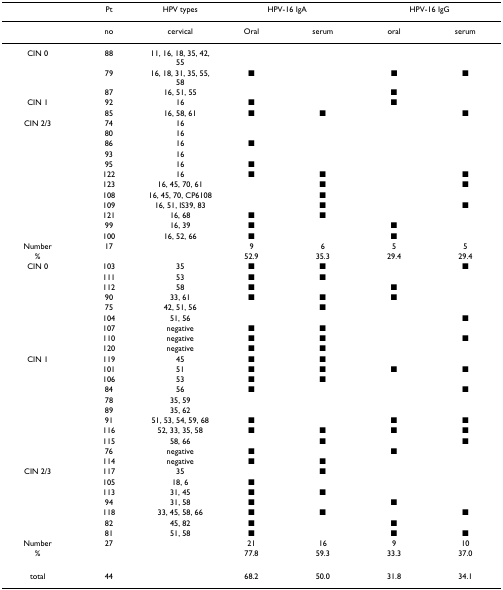
<table><thead><tr><td></td><td><b>Pt</b></td><td><b>HPV types</b></td><td colspan="2"><b>HPV-16 IgA</b></td><td colspan="2"><b>HPV-16 IgG</b></td></tr></thead><tbody><tr><td></td><td>no</td><td>cervical</td><td>Oral</td><td>serum</td><td>oral</td><td>serum</td></tr><tr><td>CIN 0</td><td>88</td><td>11, 16, 18, 35, 42, 55</td><td></td><td></td><td></td><td></td></tr><tr><td></td><td>79</td><td>16, 18, 31, 35, 55, 58</td><td>■</td><td></td><td>■</td><td>■</td></tr><tr><td></td><td>87</td><td>16, 51, 55</td><td></td><td></td><td>■</td><td></td></tr><tr><td>CIN 1</td><td>92</td><td>16</td><td>■</td><td></td><td>■</td><td></td></tr><tr><td></td><td>85</td><td>16, 58, 61</td><td>■</td><td>■</td><td></td><td>■</td></tr><tr><td>CIN 2/3</td><td>74</td><td>16</td><td></td><td></td><td></td><td></td></tr><tr><td></td><td>80</td><td>16</td><td></td><td></td><td></td><td></td></tr><tr><td></td><td>86</td><td>16</td><td>■</td><td></td><td></td><td></td></tr><tr><td></td><td>93</td><td>16</td><td></td><td></td><td></td><td></td></tr><tr><td></td><td>95</td><td>16</td><td>■</td><td></td><td></td><td></td></tr><tr><td></td><td>122</td><td>16</td><td>■</td><td>■</td><td></td><td>■</td></tr><tr><td></td><td>123</td><td>16, 45, 70, 61</td><td></td><td>■</td><td></td><td>■</td></tr><tr><td></td><td>108</td><td>16, 45, 70, CP6108</td><td></td><td>■</td><td></td><td></td></tr><tr><td></td><td>109</td><td>16, 51, IS39, 83</td><td></td><td>■</td><td></td><td>■</td></tr><tr><td></td><td>121</td><td>16, 68</td><td>■</td><td>■</td><td></td><td></td></tr><tr><td></td><td>99</td><td>16, 39</td><td>■</td><td></td><td>■</td><td></td></tr><tr><td></td><td>100</td><td>16, 52, 66</td><td>■</td><td></td><td>■</td><td></td></tr><tr><td>Number</td><td>17</td><td></td><td>9</td><td>6</td><td>5</td><td>5</td></tr><tr><td>%</td><td></td><td></td><td>52.9</td><td>35.3</td><td>29.4</td><td>29.4</td></tr><tr><td>CIN 0</td><td>103</td><td>35</td><td>■</td><td>■</td><td></td><td>■</td></tr><tr><td></td><td>111</td><td>53</td><td>■</td><td>■</td><td></td><td></td></tr><tr><td></td><td>112</td><td>58</td><td>■</td><td></td><td>■</td><td></td></tr><tr><td></td><td>90</td><td>33, 61</td><td>■</td><td>■</td><td>■</td><td></td></tr><tr><td></td><td>75</td><td>42, 51, 56</td><td></td><td>■</td><td></td><td></td></tr><tr><td></td><td>104</td><td>51, 56</td><td></td><td></td><td></td><td>■</td></tr><tr><td></td><td>107</td><td>negative</td><td>■</td><td>■</td><td></td><td></td></tr><tr><td></td><td>110</td><td>negative</td><td>■</td><td>■</td><td></td><td>■</td></tr><tr><td></td><td>120</td><td>negative</td><td>■</td><td>■</td><td></td><td></td></tr><tr><td>CIN 1</td><td>119</td><td>45</td><td>■</td><td>■</td><td></td><td></td></tr><tr><td></td><td>101</td><td>51</td><td>■</td><td>■</td><td>■</td><td>■</td></tr><tr><td></td><td>106</td><td>53</td><td>■</td><td>■</td><td></td><td></td></tr><tr><td></td><td>84</td><td>56</td><td>■</td><td></td><td></td><td>■</td></tr><tr><td></td><td>78</td><td>35, 59</td><td></td><td></td><td></td><td></td></tr><tr><td></td><td>89</td><td>35, 62</td><td></td><td></td><td></td><td></td></tr><tr><td></td><td>91</td><td>51, 53, 54, 59, 68</td><td>■</td><td></td><td>■</td><td>■</td></tr><tr><td></td><td>116</td><td>52, 33, 35, 58</td><td>■</td><td>■</td><td>■</td><td>■</td></tr><tr><td></td><td>115</td><td>58, 66</td><td></td><td>■</td><td></td><td>■</td></tr><tr><td></td><td>76</td><td>negative</td><td>■</td><td></td><td>■</td><td></td></tr><tr><td></td><td>114</td><td>negative</td><td>■</td><td>■</td><td></td><td></td></tr><tr><td>CIN 2/3</td><td>117</td><td>35</td><td></td><td>■</td><td></td><td></td></tr><tr><td></td><td>105</td><td>18, 6</td><td>■</td><td></td><td></td><td></td></tr><tr><td></td><td>113</td><td>31, 45</td><td>■</td><td>■</td><td></td><td></td></tr><tr><td></td><td>94</td><td>31, 58</td><td>■</td><td></td><td>■</td><td></td></tr><tr><td></td><td>118</td><td>33, 45, 58, 66</td><td>■</td><td>■</td><td></td><td>■</td></tr><tr><td></td><td>82</td><td>45, 82</td><td>■</td><td></td><td>■</td><td></td></tr><tr><td></td><td>81</td><td>51, 58</td><td>■</td><td></td><td>■</td><td>■</td></tr><tr><td>Number</td><td>27</td><td></td><td>21</td><td>16</td><td>9</td><td>10</td></tr><tr><td>%</td><td></td><td></td><td>77.8</td><td>59.3</td><td>33.3</td><td>37.0</td></tr><tr><td>total</td><td>44</td><td></td><td>68.2</td><td>50.0</td><td>31.8</td><td>34.1</td></tr></tbody></table>